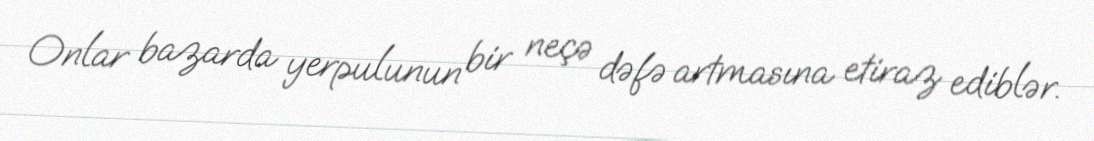
Onlar bazarda yerpulunun bir neçə dəfə artmasına etiraz ediblər.